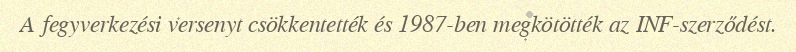
A fegyverkezési versenyt csökkentették és 1987-ben megkötötték az INF-szerződést.